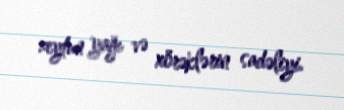
zeytun yağı və xörəklərin sadəliyi.